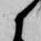
候